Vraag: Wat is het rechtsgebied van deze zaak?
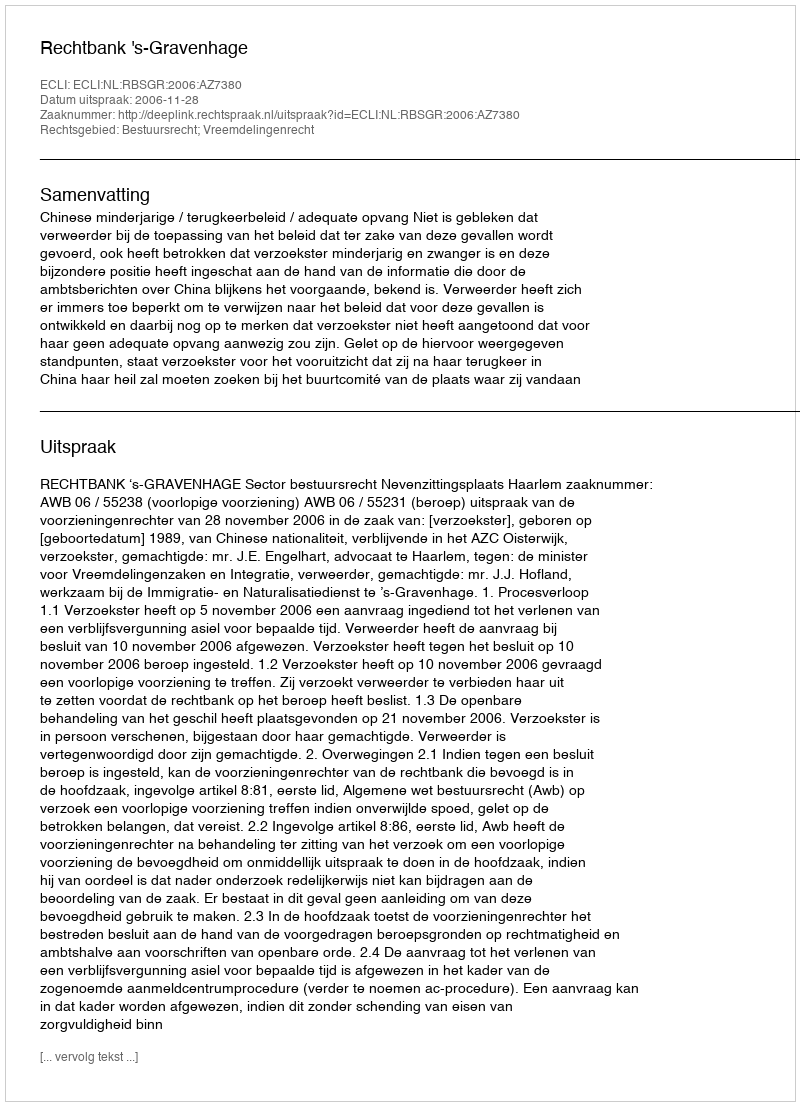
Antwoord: Bestuursrecht; Vreemdelingenrecht